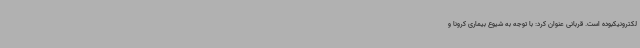
لکترونیکبوده است. قربانی عنوان کرد: با توجه به شیوع بیماری کرونا و